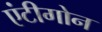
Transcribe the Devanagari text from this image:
एंटीगोन